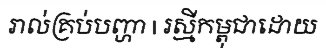
រាល់គ្រប់បញ្ហា | រស្មីកម្ពុជាដោយ